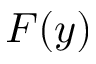
F ( y )